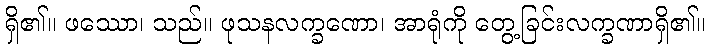
ရှိ၏။ ဖဿော၊ သည်။ ဖုသနလက္ခဏော၊ အာရုံကို တွေ့ခြင်းလက္ခဏာရှိ၏။